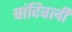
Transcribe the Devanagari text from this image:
चांदिवली